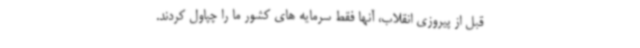
قبل از پیروزی انقلاب، آنها فقط سرمایه های کشور ما را چپاول کردند.